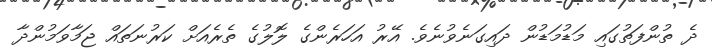
ދެ ތުންފަތުގައި މަޑުމަޑުން ދައިގަނެވުނެވެ. އޭރު އަހަރެންގެ ލޮލުގެ ތެރެއަށް ކަރުނަތައް ޖަމާވަމުންދާ